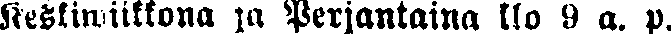
Keskiwiikkona jn Perjantaina klo 9 a. p.